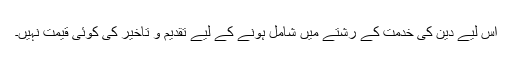
اس لیے دین کی خدمت کے رشتے میں شامل ہونے کے لیے تقدیم و تاخیر کی کوئی قیمت نہیں۔